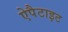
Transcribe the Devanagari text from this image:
ऐपैटाइट